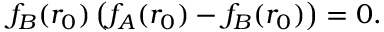
f _ { B } ( r _ { 0 } ) \left( f _ { A } ( r _ { 0 } ) - f _ { B } ( r _ { 0 } ) \right) = 0 .